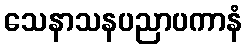
သေနာသနပညာပကာနံ